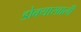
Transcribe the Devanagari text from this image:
डोक्याखाली